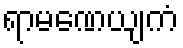
ရာမဏေယျကံ